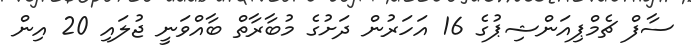
ސާފް ޗެމްޕިއަންޝިޕުގެ 16 އަހަރުން ދަށުގެ މުބާރާތް ބާއްވަނީ ޖުލައި 20 އިން